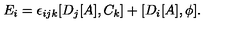
E _ { i } = \epsilon _ { i j k } [ D _ { j } [ A ] , C _ { k } ] + [ D _ { i } [ A ] , \phi ] .